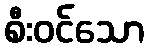
စီးဝင်သော